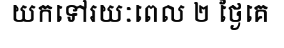
យកទៅរយៈពេល ២ ថ្ងៃគេ